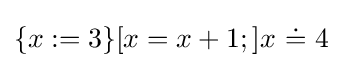
\{x:=3\}[x=x+1;]x\ {\dot {=}}\ 4